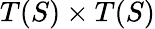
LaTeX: T(S)\times T(S)